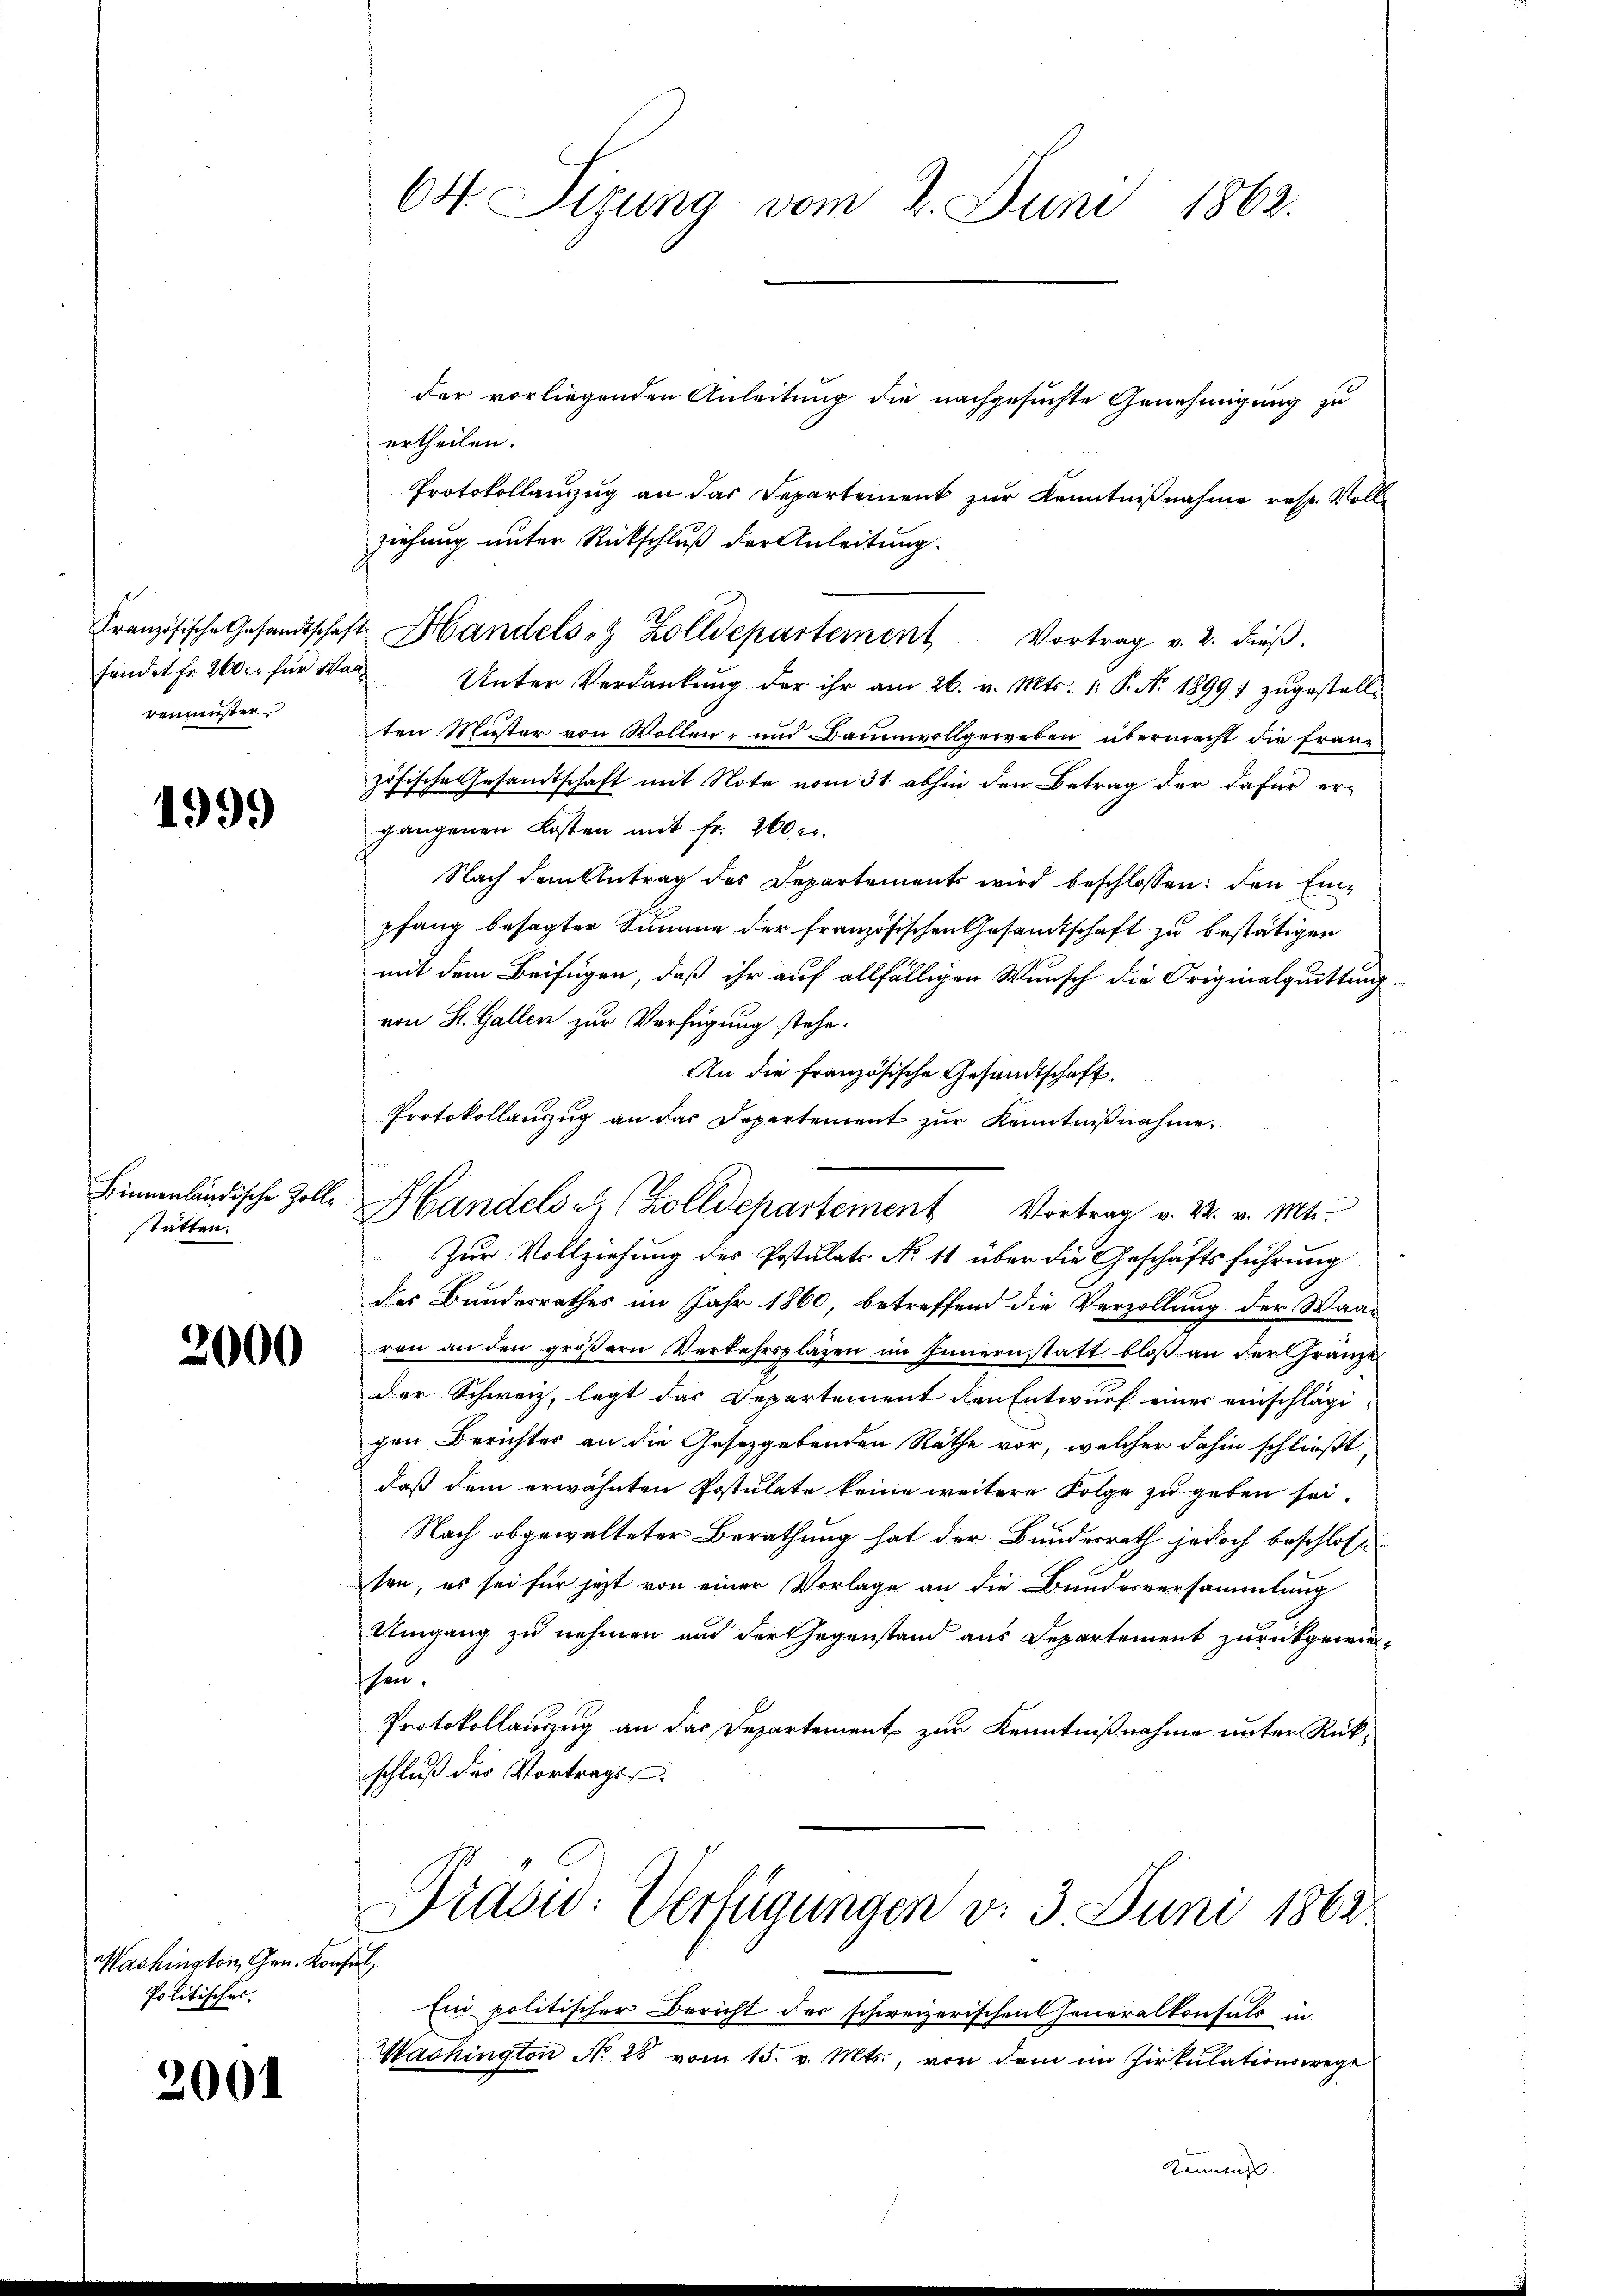
fändet Fr. 200 er für Wal
remmenster

1999

stätten.

2000

Mashington, Gen. Konsul,
Politisches.

2001

64. Sizung vom 2. Juni 1862.

der vorliegenden Anleitung die nachgesuchte Genehmigung zu
ertheilen.
Protokollanzug an das Departement zur Kenntnißnahme resp. Vollziehung unter Rückschluß der Anleitung.
Unter Verdankŭng der ihr am 26. v. Mts. 1. P. N. 1899) zŭgestell-
ten Muster von Wollen- und Baumvollgeweben, übermacht die Franz
zösische Gesandtschaft mit Note vom 31. abhin den Betrag der dafür er-
gangenen Kosten mit fr. 200 r.
Nach dem Antrag des Departements wird beschlossen: den Einpfang besagter Summe der französischen Gesandtschaft zu bestätigen
mit dem Beifügen, daß ihr auf allfälligen Wunsch die Originalquittung-
von St. Gallen zur Verfügung stehe.
An die französische Gesandtschaft.
Protokollanzug an das Departement zur Kenntnißnahme.
t
Binnenländische Zoll, Handels er (Zolldepartement Vortrag v. 2. v. Mts.
Zur Vollziehung des Postulats No 11 über die Geschäftsführung
des Bundesrathes im Jahr 1860, betreffend die Verzollung der Waaren an den gröβern Verkehrspläzen im Innern statt bloß an der Franze
der Schweiz, legt das Departement den Entwurf einer einschlägi-
gen Berichtes an die Gesetzgebenden Räthe vor, welcher dahin schließt
daß dem erwähnten Postulate keine weitere Folge zu geben sei.
Nach obgewalteter Berathung hat der Bundesrath jedoch beschlosse
ten, es sei für jetzt von einer Vorlage an die Bundesversammlung
Umgang zu nehmen und der Gegenstand aus Departement zurückgewiethen.
Protokollauszug an das Departement zur Kenntnißnahme unter Rückschluß der Vortrags

Französische Gesandtschaft Handels- & Zolldepartement Vortrag v. 2. dieβ.

Prasiv: Verfügungen v. 3. Juni 1862
Ein politischer Bericht der schweizerischen Generalkonsuls in

Wachington No 28 vom 15. v. Mts., von dem im Zirkŭlationswege
Konntag